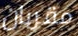
مقربان